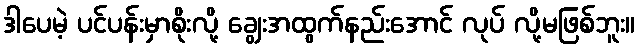
ဒါပေမဲ့ ပင်ပန်းမှာစိုးလို့ ချွေးအထွက်နည်းအောင် လုပ် လို့မဖြစ်ဘူး။